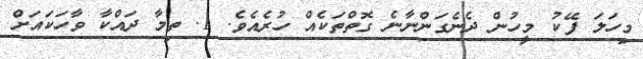
މިހަލަ ފޭކު މީހުން ދެނެގަންނާނެ ގޮތްތަކެއް ހުރެއެވެ. 1. ތިމާ ދައްކާ ވާހަކައަށް